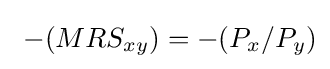
\ -(MRS_{xy})=-(P_{x}/P_{y})